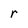
Character: r